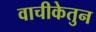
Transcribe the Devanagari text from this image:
वाचीकेतुन